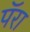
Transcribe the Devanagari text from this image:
पॅरा